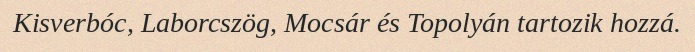
Kisverbóc, Laborcszög, Mocsár és Topolyán tartozik hozzá.